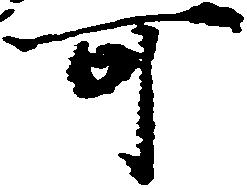
可